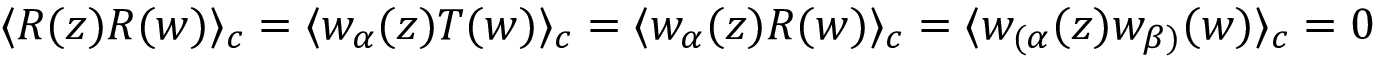
\langle R ( z ) R ( w ) \rangle _ { c } = \langle w _ { \alpha } ( z ) T ( w ) \rangle _ { c } = \langle w _ { \alpha } ( z ) R ( w ) \rangle _ { c } = \langle w _ { ( \alpha } ( z ) w _ { \beta ) } ( w ) \rangle _ { c } = 0